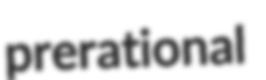
prerational